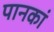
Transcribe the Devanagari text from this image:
पानकां